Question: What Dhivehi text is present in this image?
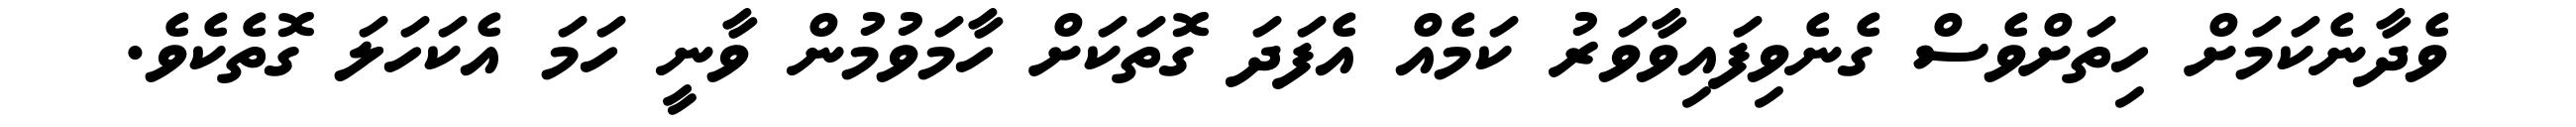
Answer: ވެދާނެކަމަށް ހިތަށްވެސް ގެނެވިފައިވާވަރު ކަމެއް އެފަދަ ގޮތަކަށް ހާމަވުމުން ވާނީ ހަމަ އެކަހަލަ ގޮތެކެވެ.